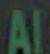
Al